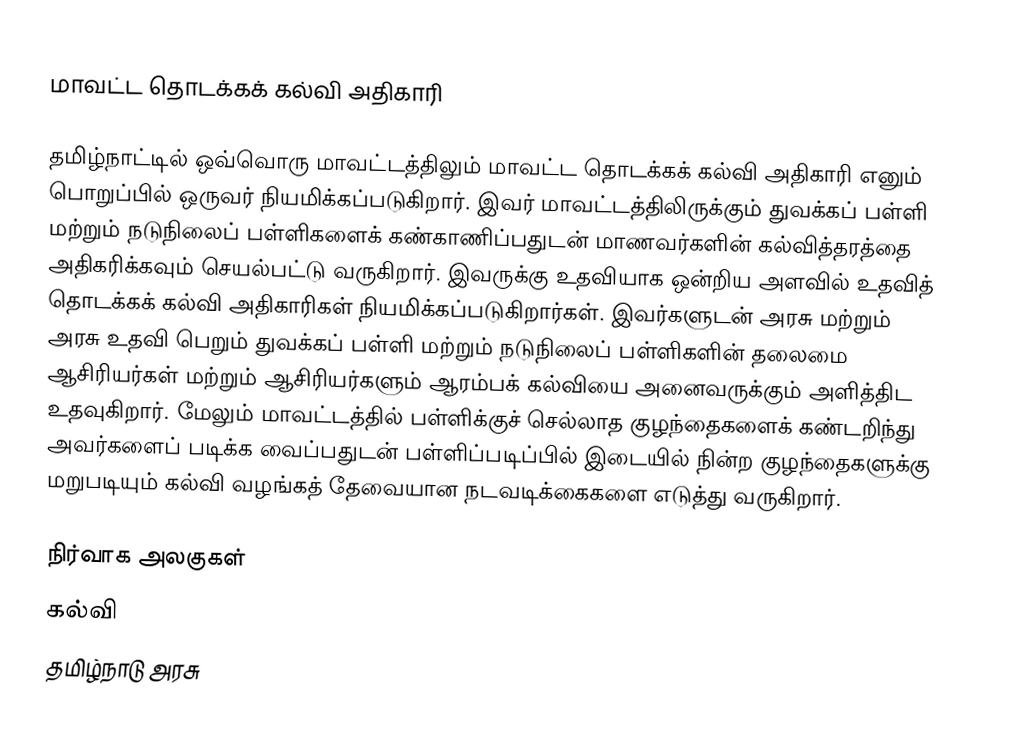
மாவட்ட தொடக்கக் கல்வி அதிகாரி

தமிழ்நாட்டில் ஒவ்வொரு மாவட்டத்திலும் மாவட்ட தொடக்கக் கல்வி அதிகாரி எனும் பொறுப்பில் ஒருவர் நியமிக்கப்படுகிறார். இவர் மாவட்டத்திலிருக்கும் துவக்கப் பள்ளி மற்றும் நடுநிலைப் பள்ளிகளைக் கண்காணிப்பதுடன் மாணவர்களின் கல்வித்தரத்தை அதிகரிக்கவும் செயல்பட்டு வருகிறார். இவருக்கு உதவியாக ஒன்றிய அளவில் உதவித் தொடக்கக் கல்வி அதிகாரிகள் நியமிக்கப்படுகிறார்கள். இவர்களுடன் அரசு மற்றும் அரசு உதவி பெறும் துவக்கப் பள்ளி மற்றும் நடுநிலைப் பள்ளிகளின் தலைமை ஆசிரியர்கள் மற்றும் ஆசிரியர்களும் ஆரம்பக் கல்வியை அனைவருக்கும் அளித்திட உதவுகிறார். மேலும் மாவட்டத்தில் பள்ளிக்குச் செல்லாத குழந்தைகளைக் கண்டறிந்து அவர்களைப் படிக்க வைப்பதுடன் பள்ளிப்படிப்பில் இடையில் நின்ற குழந்தைகளுக்கு மறுபடியும் கல்வி வழங்கத் தேவையான நடவடிக்கைகளை எடுத்து வருகிறார்.

நிர்வாக அலகுகள்
கல்வி
தமிழ்நாடு அரசு